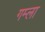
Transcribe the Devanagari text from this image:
गम्ला